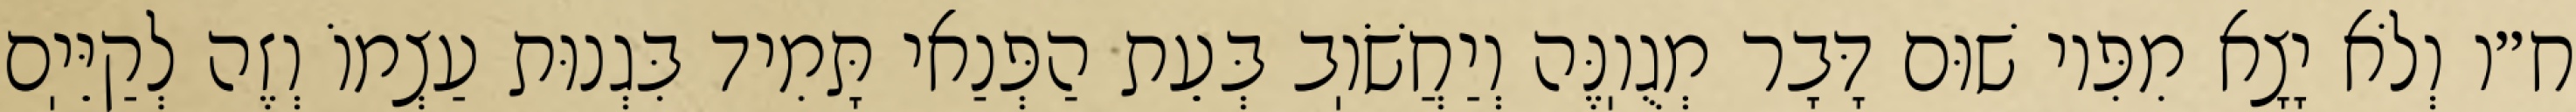
ח״ו וְלֹא יָצָא מִפִּיו שׁוּם דָּבָר מְגֻוֽנֶּה וְיַחֲשֹׁוֽב בְּעֵת הַפְּנַאי תָּמִיד בִּגְנוּת עַצְמוֹ וְזֶה לְקַיֵּיֽם